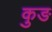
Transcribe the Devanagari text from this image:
कुङ